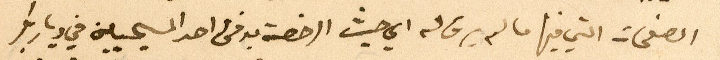
الصفحات التي فيها ما لم يرق له اي حيث الرخصة برفق احد المسيحيين في ديار بكر